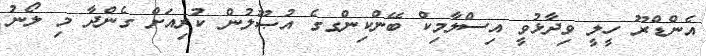
އެންޑްރޫ ހީލީ ވިދާޅުވީ އިސްލާމިކް ބޭންކިންގގެ އުޞޫލުން ކުރިއަށް ގެންދާ މި ލޯނު